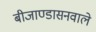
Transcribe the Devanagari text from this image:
बीजाण्डासनवाले